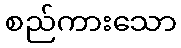
စည်ကားသော